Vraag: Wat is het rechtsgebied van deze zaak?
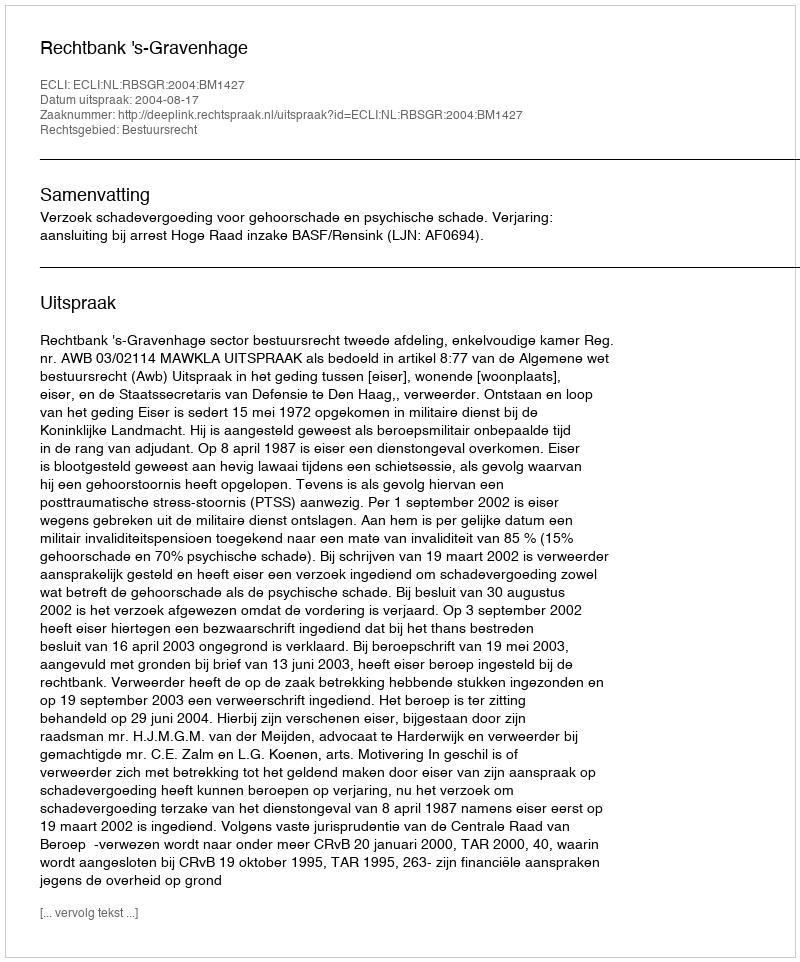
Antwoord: Bestuursrecht